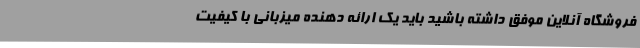
فروشگاه آنلاین موفق داشته باشید باید یک ارائه دهنده میزبانی با کیفیت